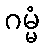
ဂမ္မံ